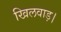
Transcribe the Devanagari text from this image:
खिलवाड़।